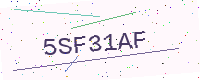
Text: 5SF31AF